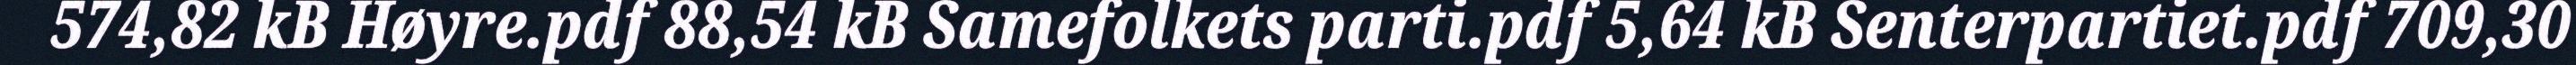
574,82 kB Høyre.pdf 88,54 kB Samefolkets parti.pdf 5,64 kB Senterpartiet.pdf 709,30